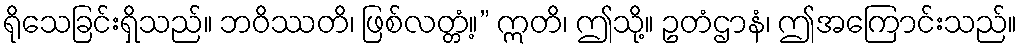
ရိုသေခြင်းရှိသည်။ ဘဝိဿတိ၊ ဖြစ်လတ္တံ့။” ဣတိ၊ ဤသို့။ ဥတံဌာနံ၊ ဤအကြောင်းသည်။